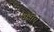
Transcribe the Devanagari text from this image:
यक्षाचे